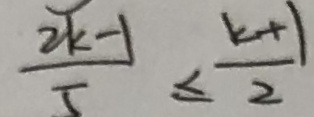
\frac { 2 k - 1 } { 5 } \leq \frac { k + 1 } { 2 }